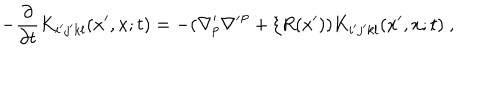
- \frac { \partial } { \partial t } K _ { i ^ { \prime } j ^ { \prime } k l } ( x ^ { \prime } , x ; t ) = - ( { \nabla ^ { \prime } } \! \! _ { p } { \nabla ^ { \prime } } ^ { p } + \xi R ( x ^ { \prime } ) ) K _ { i ^ { \prime } j ^ { \prime } k l } ( x ^ { \prime } , x ; t ) \ ,